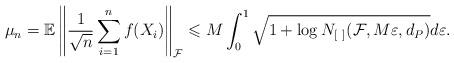
LaTeX: \begin{align*}\mathbb{\mu}_{n}=\mathbb{E}\left\Vert \frac{1}{\sqrt{n}}\sum_{i=1}^{n}f(X_{i})\right\Vert _{\mathcal{F}}\leqslant M\int_{0}^{1}\sqrt{1+\log N_{\left[ \ \right] }(\mathcal{F},M\varepsilon,d_{P})}d\varepsilon.\end{align*}